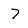
Character: 7